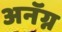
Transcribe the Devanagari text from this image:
अनॅग्न